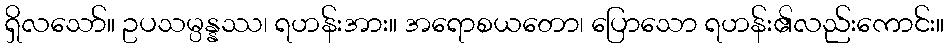
ရှိလသော်။ ဥပသမ္ပန္နဿ၊ ရဟန်းအား။ အရောစယတော၊ ပြောသော ရဟန်း၏လည်းကောင်း။